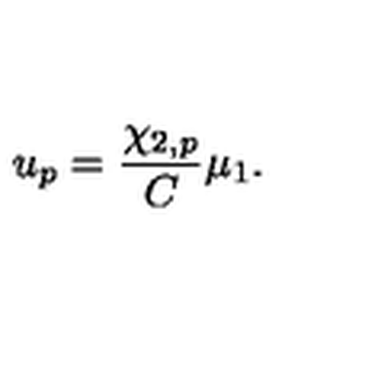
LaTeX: u _ { p } = { \frac { \chi _ { 2 , p } } { C } } \mu _ { 1 } .